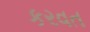
કરવત